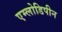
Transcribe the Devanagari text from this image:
एम्लोडिपीन